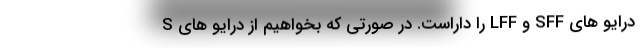
درایو های SFF و LFF را داراست. در صورتی که بخواهیم از درایو های S